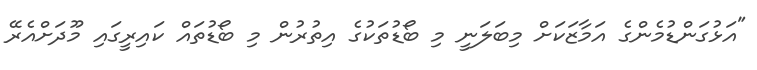
"އަޅުގަންޑުމެންގެ އަމާޒަކަށް މިބަލަނީ މި ބޯޑުތަކުގެ އިތުރުން މި ބޯޑުތައް ކައިރީގައި މޫދަށްއެރޭ